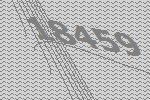
18459